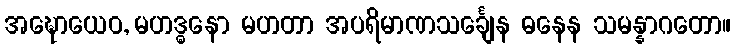
အဍ္ဎောယေဝ, မဟဒ္ဓနော မဟတာ အပရိမာဏသင်္ချေန ဓနေန သမန္နာဂတော။